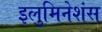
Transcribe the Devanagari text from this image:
इलुमिनेशंस